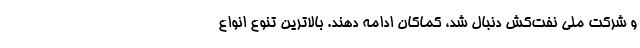
و شرکت ملی نفت‌کش دنبال شد، کماکان ادامه دهند. بالاترین تنوع انواع